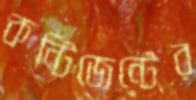
কন্টিজেন্টের